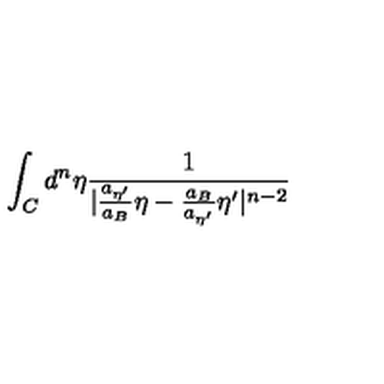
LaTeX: \int _ { C } { d ^ { n } } { \eta } \frac { 1 } { | \frac { a _ { { \eta } ^ { \prime } } } { a _ { B } } { \eta } - \frac { a _ { B } } { a _ { { \eta } ^ { \prime } } } { \eta } ^ { \prime } | ^ { n - 2 } }